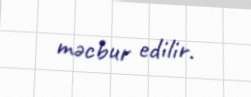
məcbur edilir.